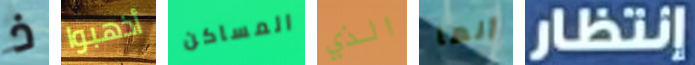
ذ أذهبوا المساكن الذي أنها إنتظار